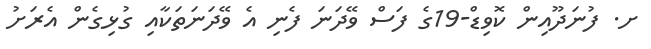
ށ. ފުނަދޫއިން ކޮވިޑް-19ގެ ފަސް ވޭދަނަ ފެނި އެ ވޭދަނަތަކާއި ގުޅިގެން އެރަށު